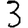
Digit: 3